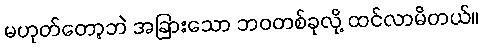
မဟုတ်တော့ဘဲ အခြားသော ဘဝတစ်ခုလို့ ထင်လာမိတယ်။